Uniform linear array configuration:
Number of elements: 64
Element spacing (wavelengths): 0.5
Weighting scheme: hamming
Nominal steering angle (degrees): -45
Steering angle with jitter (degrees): -46.526
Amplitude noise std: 0.05
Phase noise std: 0.05

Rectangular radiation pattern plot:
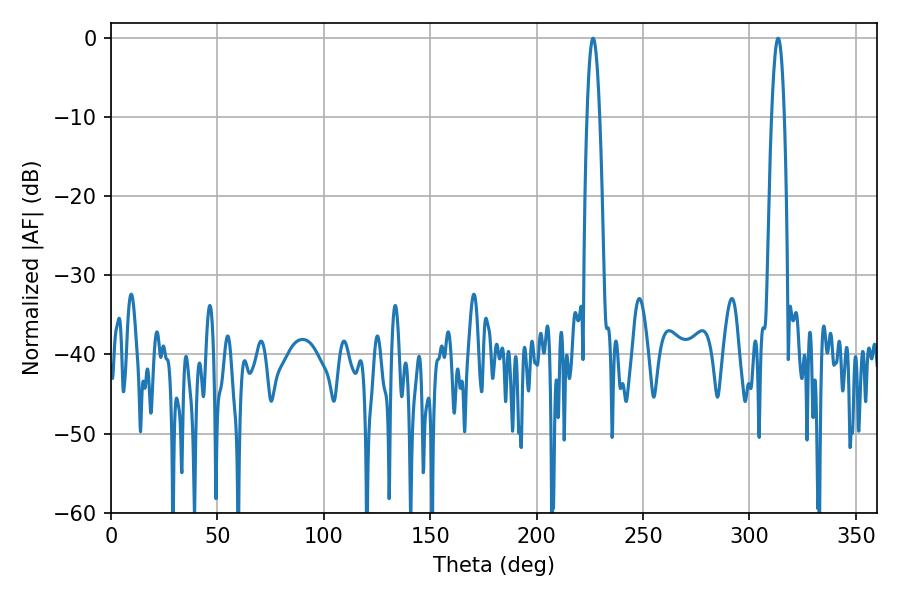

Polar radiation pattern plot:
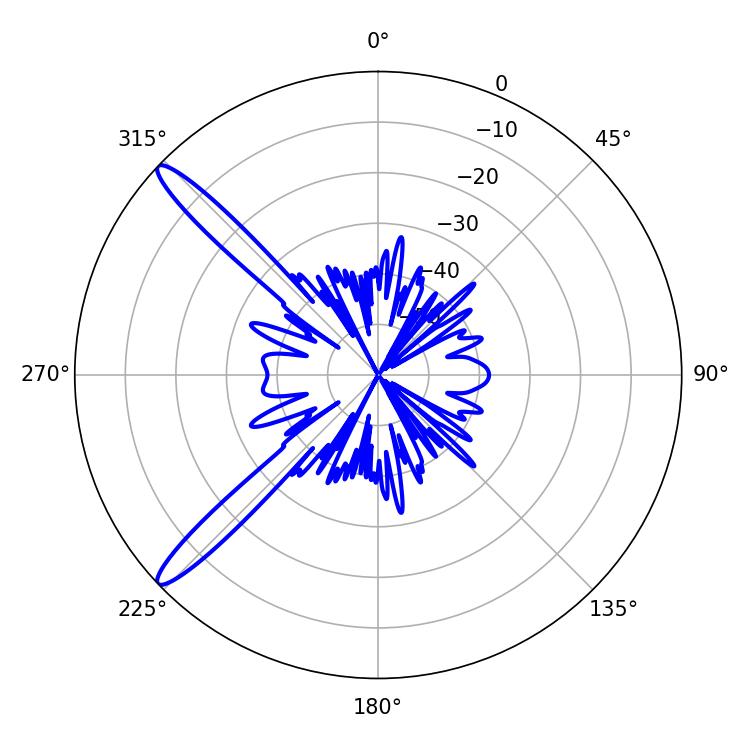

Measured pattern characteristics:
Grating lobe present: FALSE
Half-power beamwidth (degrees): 3.24
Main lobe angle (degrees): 226.44